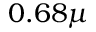
0 . 6 8 \mu